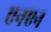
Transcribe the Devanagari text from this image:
एनएन